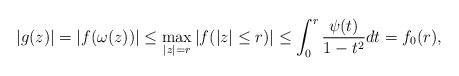
LaTeX: \begin{align*}|g(z)|= |f(\omega(z))| \leq \max_{|z|=r} |f(|z|\leq r)|\leq \int_{0}^{r} \frac{\psi(t)}{1-t^2}dt= f_0(r) ,\end{align*}